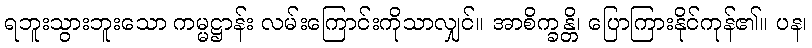
ရဘူးသွားဘူးသော ကမ္မဋ္ဌာန်း လမ်းကြောင်းကိုသာလျှင်။ အာစိက္ခန္တိ၊ ပြောကြားနိုင်ကုန်၏။ ပန၊